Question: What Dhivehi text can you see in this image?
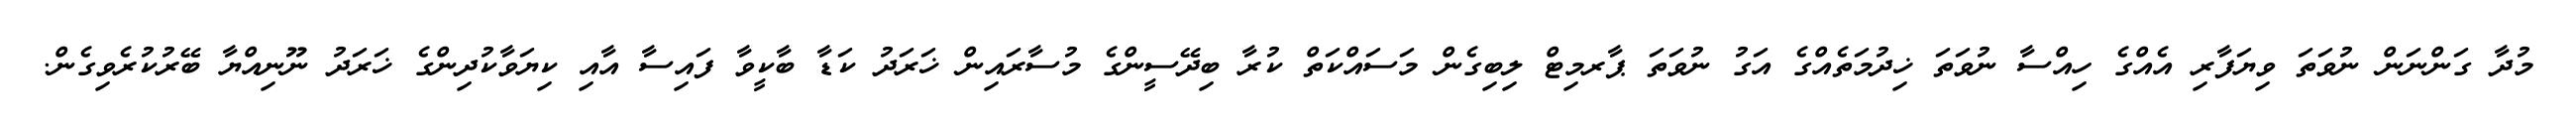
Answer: މުދާ ގަންނަން ނުވަތަ ވިޔަފާރި އެއްގެ ހިއްސާ ނުވަތަ ޚިދުމަތެއްގެ އަގު ނުވަތަ ޕާރމިޓް ލިބިގެން މަސައްކަތް ކުރާ ބިދޭސީންގެ މުސާރައިން ޚަރަދު ކަޑާ ބާކީވާ ފައިސާ އާއި ކިޔަވާކުދިންގެ ޚަރަދު ނޫނިއްޔާ ބޭރުކުރެވިގެން.